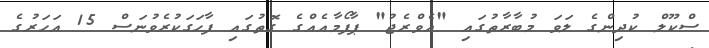
ސްކޫލް ކުދިންގެ ލަވަ މުބާރާތުގައި "އެވްރެޖު" ޕާފޯމާއެއްގެ ގޮތުގައި ފާހަގަކުރެވުނަސް 15 އަހަރުގެ